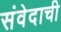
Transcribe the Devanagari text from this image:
संवेदाची